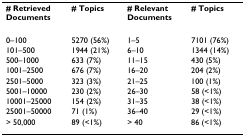
<table><thead><tr><td><b># Retrieved Documents</b></td><td><b># Topics</b></td><td><b># Relevant Documents</b></td><td><b># Topics</b></td></tr></thead><tbody><tr><td>0–100</td><td>5270 (56%)</td><td>1–5</td><td>7101 (76%)</td></tr><tr><td>101–500</td><td>1944 (21%)</td><td>6–10</td><td>1344 (14%)</td></tr><tr><td>500–1000</td><td>633 (7%)</td><td>11–15</td><td>430 (5%)</td></tr><tr><td>1001–2500</td><td>676 (7%)</td><td>16–20</td><td>204 (2%)</td></tr><tr><td>2501–5000</td><td>323 (3%)</td><td>21–25</td><td>100 (1%)</td></tr><tr><td>5001–10000</td><td>230 (2%)</td><td>26–30</td><td>58 (&lt;1%)</td></tr><tr><td>10001–25000</td><td>154 (2%)</td><td>31–35</td><td>38 (&lt;1%)</td></tr><tr><td>25001–50000</td><td>71 (1%)</td><td>36–40</td><td>29 (&lt;1%)</td></tr><tr><td>&gt; 50,000</td><td>89 (&lt;1%)</td><td>&gt; 40</td><td>86 (&lt;1%)</td></tr></tbody></table>